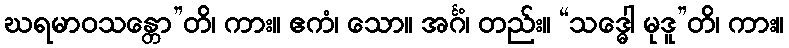
ဃရမာဝသန္တော”တိ၊ ကား။ ဧကံ၊ သော။ အင်္ဂံ၊ တည်း။ “သဒ္ဓေါ မုဒူ”တိ၊ ကား။